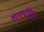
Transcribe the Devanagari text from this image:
समर्पयेत्।